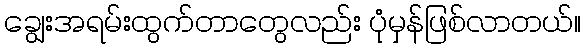
ချွေးအရမ်းထွက်တာတွေလည်း ပုံမှန်ဖြစ်လာတယ်။